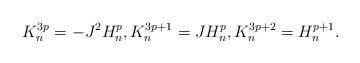
LaTeX: \begin{align*}K_{n}^{3p}=-J^{2}H_{n}^{p},K_{n}^{3p+1}=JH_{n}^{p},K_{n}^{3p+2}=H_{n}^{p+1}.\end{align*}